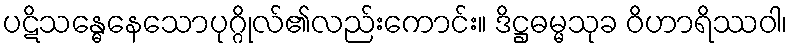
ပဋိသန္ဓေနေသောပုဂ္ဂိုလ်၏လည်းကောင်း။ ဒိဋ္ဌဓမ္မသုခ ဝိဟာရိဿဝါ၊